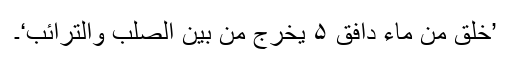
’خُلِقَ مِنۡ مَّآءٍ دَافِقٍ ۵ یَخْرُجُ مِنۡ بَیْنِ الصُّلْبِ وَالتَّرَائِبِ‘۔